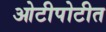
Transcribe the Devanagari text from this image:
ओटीपोटीत